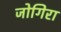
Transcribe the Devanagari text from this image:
जोगिरा